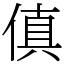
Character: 傎